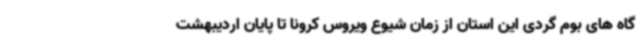
گاه های بوم گردی این استان از زمان شیوع ویروس کرونا تا پایان اردیبهشت